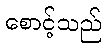
စောင့်သည်